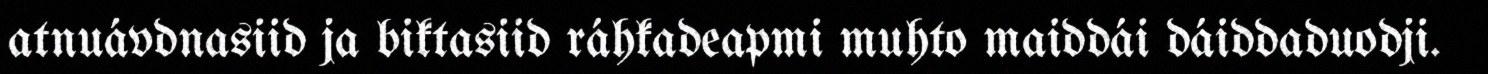
atnuávdnasiid ja biktasiid ráhkadeapmi muhto maiddái dáiddaduodji.